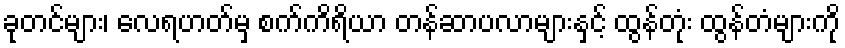
ခုတင်များ၊ လေရဟတ်မှ စက်ကိရိယာ တန်ဆာပလာများနှင့် ထွန်တုံး ထွန်တံများကို